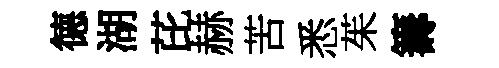
德湖芘赫苦悉茱籌